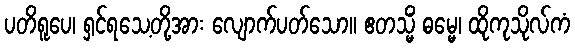
ပတိရူပေ၊ ရှင်ရသေ့တို့အား လျောက်ပတ်သော။ ဧတသ္မိံ ဓမ္မေ၊ ထိုကုသိုလ်ကံ